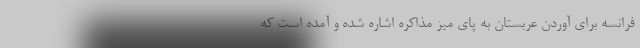
فرانسه برای آوردن عربستان به پای میز مذاکره اشاره شده و آمده است که